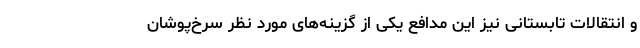
و انتقالات تابستانی نیز این مدافع یکی از گزینه‌های مورد نظر سرخ‌پوشان